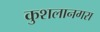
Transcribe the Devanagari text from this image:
कुशलानगरा